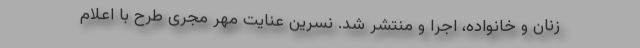
زنان و خانواده، اجرا و منتشر شد. نسرین عنایت مهر مجری طرح با اعلام